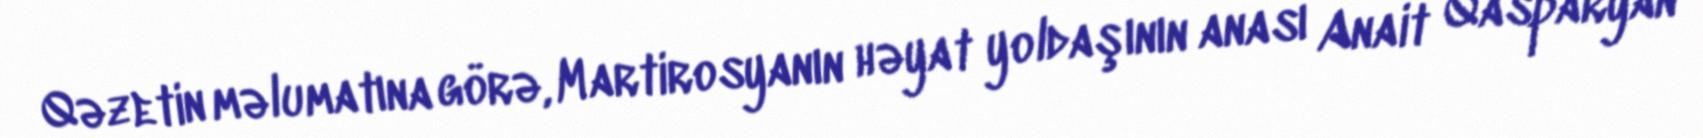
Qəzetin məlumatına görə, Martirosyanın həyat yoldaşının anası Anait Qasparyan